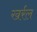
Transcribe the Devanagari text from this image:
खर्रल